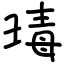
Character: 瑇